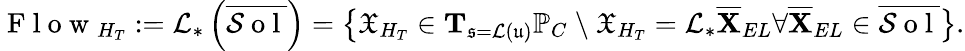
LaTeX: \mathrm{~F~l~o~w~}_{H_{T}}:=\mathcal{L}_{*}\left(\overline{{\mathcal{S}\mathrm{~o~l~}}}\right)=\big\{ \mathfrak{X}_{H_{T}}\in\mathbf{T}_{\mathfrak{s}=\mathcal{L}(\mathfrak{u})}\mathbb{P}_{C}\ \backslash\ \mathfrak{X}_{H_{T}}=\mathcal{L}_{*}\overline{{\mathbf{X}}}_{EL}\forall\overline{{\mathbf{X}}}_{EL}\in\overline{{\mathcal{S}\mathrm{~o~l~}}}\big\} .